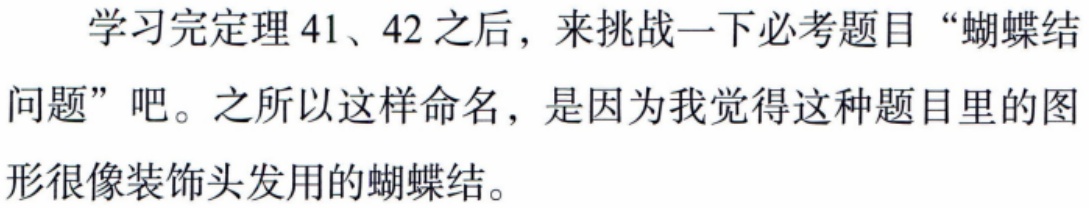
学习完定理41、42之后，来挑战一下必考题目“蝴蝶结问题”吧。之所以这样命名，是因为我觉得这种题目里的图形很像装饰头发用的蝴蝶结。